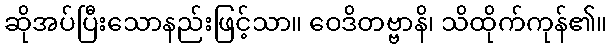
ဆိုအပ်ပြီးသောနည်းဖြင့်သာ။ ဝေဒိတဗ္ဗာနိ၊ သိထိုက်ကုန်၏။